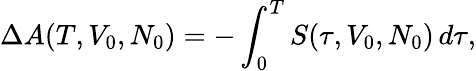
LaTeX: \Delta A(T,V_{0},N_{0})=-\int_{0}^{T}S(\tau,V_{0},N_{0})\, d\tau,